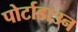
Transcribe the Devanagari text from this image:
पोर्टाडाउन